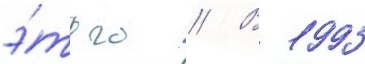
э́того // В 1993